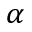
\alpha